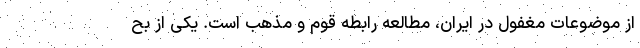
از موضوعات مغفول در ایران، مطالعه رابطه قوم و مذهب است. یکی از بح